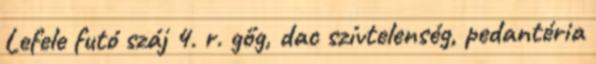
Lefele futó száj 4. r. gőg, dac szívtelenség, pedantéria